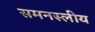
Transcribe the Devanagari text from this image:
समनस्लीय